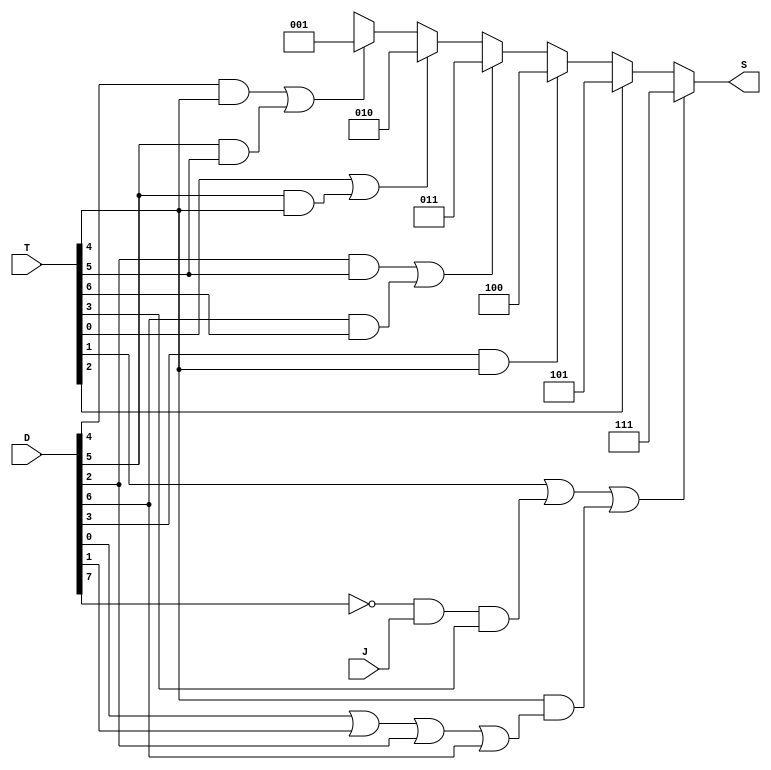
`timescale 1ns / 1ps
//////////////////////////////////////////////////////////////////////////////////
// Company: 
// Engineer: 
// 
// Design Name: 
// Module Name: BUS
// Project Name: 
// Target Devices: 
// Tool Versions: 
// Description: 
// 
// Dependencies: 
// 
// Revision:
// Revision 0.01 - File Created
// Additional Comments:
// 
//////////////////////////////////////////////////////////////////////////////////


module BUS(
    input  [7:0]D ,
    input J,
    input  [7:0] T,
   // input [7:0]X,
    output [2:0] S);
 wire [7:0] X;
    
 /// operation_selecction q0(.D(D),.J(J))    ;
   /// Timer q1 (.T(T));

// SOURCE

assign X[0] = 0  ;  // Nothing
assign X[1] =  (D[4]&&T[4]) || (D[5]&&T[5]);  // AR  
assign X[2] =   T[0] || (D[5]&&T[4]); //PC
assign X[3] =   (D[2]&&T[5]) || (D[6]&&T[6]);  //DR
assign X[4] =   D[3]&&T[4]; // AC
assign X[5] =   T[2];  // IR
assign X[6] =   0;   //TR
assign X[7] =     T[1] || (~D[7] && J && T[3]) ||  (T[4] &&(D[0]||D[1]||D[2]||D[6]));  //MEMORY 



assign S =
         (X[7] == 1'b1) ? 3'b111:             // MEMORY
         (X[6] == 1'b1) ? 3'b110:            //TR =0
         (X[5] == 1'b1) ? 3'b101:            //IR
         (X[4] == 1'b1) ? 3'b100:           //AC
         (X[3] == 1'b1) ? 3'b011:           //DR
         (X[2] == 1'b1) ? 3'b010:           //PC
         (X[1] == 1'b1) ? 3'b001:           //AR
         (X[0] == 1'b1) ? 3'b000: 3'bxxx;   // 0
        
endmodule